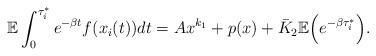
LaTeX: \begin{align*} \begin{aligned}\mathbb{E}\int_0^{\tau_i^{*}}e^{-\beta t}f(x_i(t))dt&=Ax^{k_1}+p(x)+\bar{K}_2\mathbb{E}\Big(e^{-\beta\tau_i^{*}}\Big).\end{aligned}\end{align*}